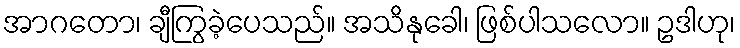
အာဂတော၊ ချီကြွခဲ့ပေသည်။ အသိနုခေါ၊ ဖြစ်ပါသလော။ ဥဒါဟု၊